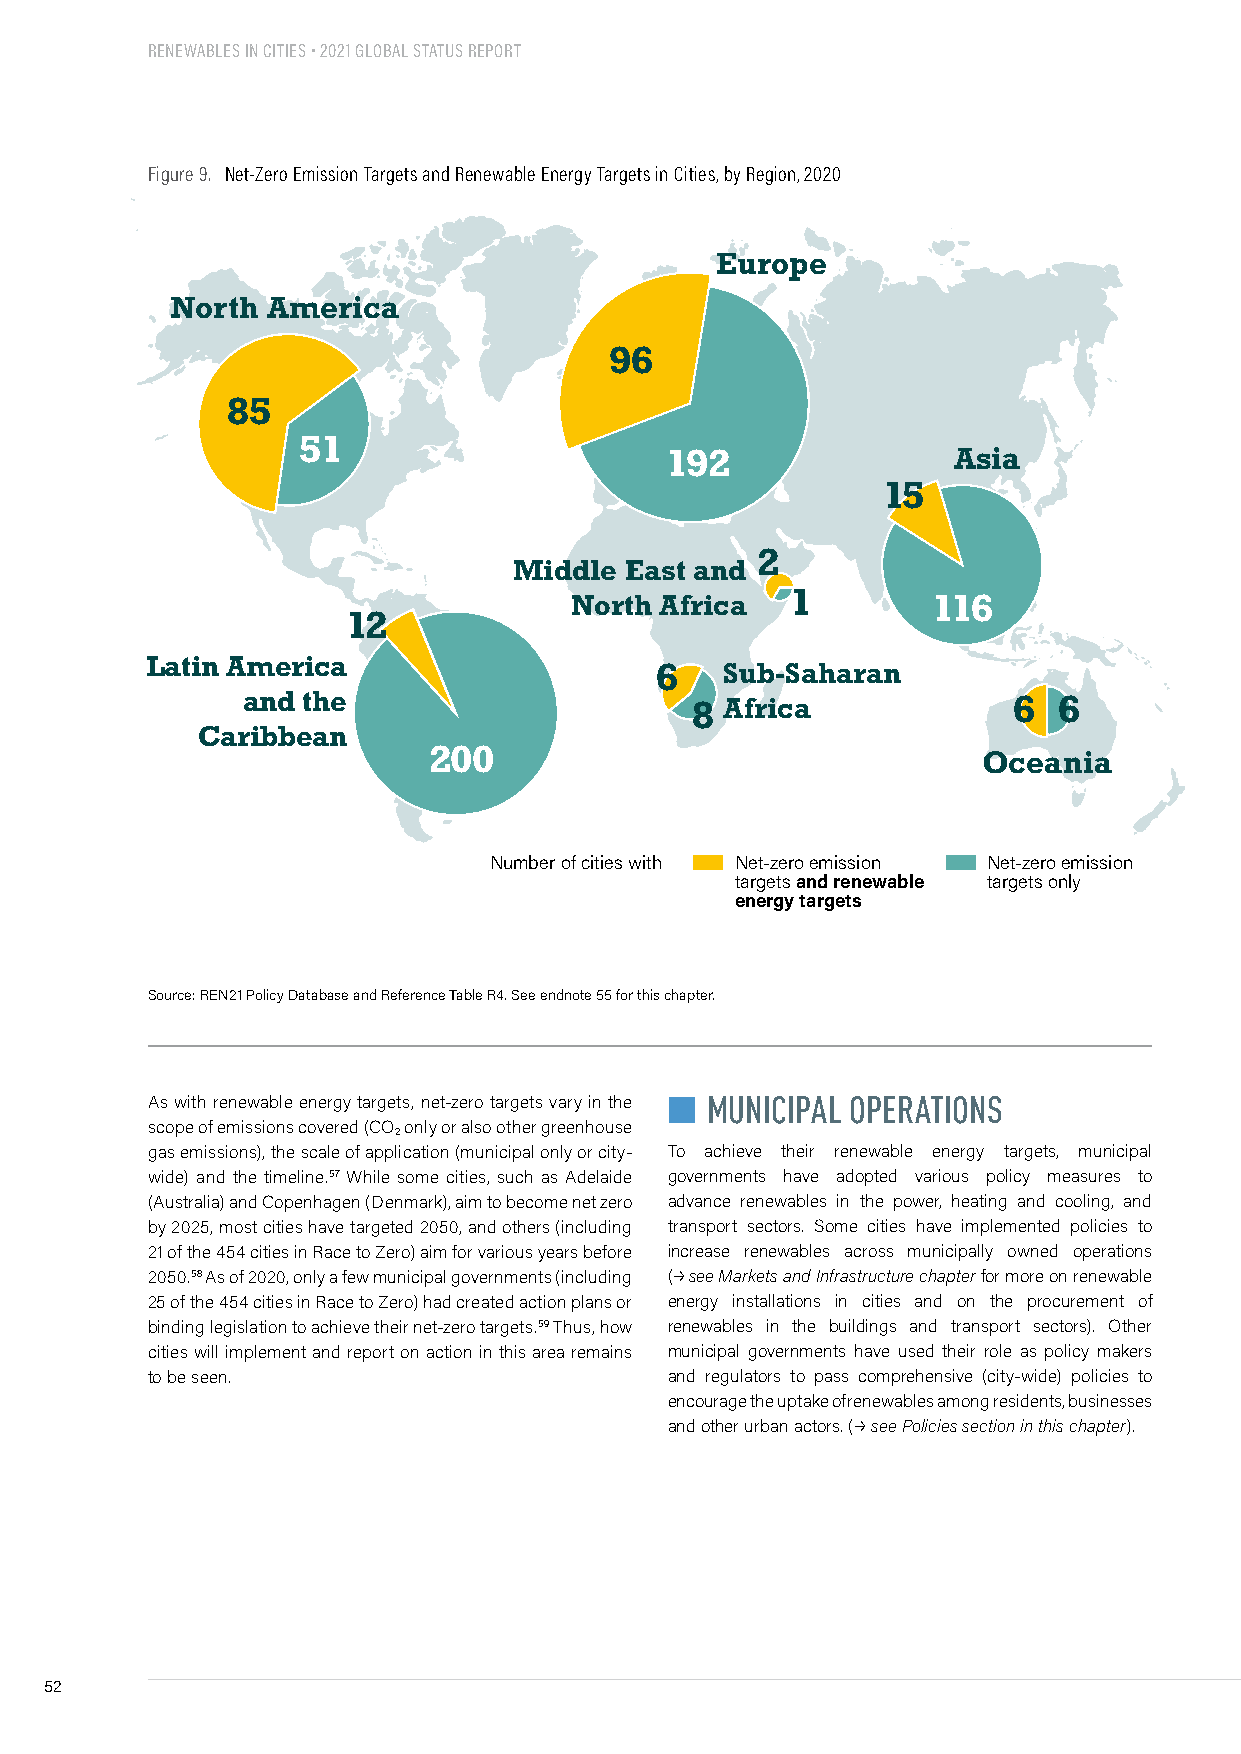
RENEWABLES IN CITIES • 2021 GLOBAL STATUS REPORT
 1,852   cities  worldwide      have   signed
 climate    emergency       declarations
 Figure 9. Net-Zero Emission Targets and Renewable Energy Targets in Cities, by Region, 2020
 Europe
 North  America
 96
 85
 51
 192                Asia
 15
 2
 Middle East and
 North Africa  1         116
 12
 Latin America
 6    Sub-Saharan
 and the
 8 Africa             6  6
 Caribbean
 200                                  Oceania
 Number of cities with Net-zero emission Net-zero emission
 targets and renewable targets only
 energy targets
 Source: REN21 Policy Database and Reference Table R4. See endnote 55 for this chapter.
 As with renewable energy targets, net-zero targets vary in the n MUNICIPAL OPERATIONS
 scope of emissions covered (CO only or also other greenhouse
 2
 gas emissions), the scale of application (municipal only or city- To achieve their renewable energy targets, municipal
 wide) and the timeline.57 While some cities, such as Adelaide governments have adopted various policy measures to
 (Australia) and Copenhagen (Denmark), aim to become net zero advance renewables in the power, heating and cooling, and
 by 2025, most cities have targeted 2050, and others (including transport sectors. Some cities have implemented policies to
 21 of the 454 cities in Race to Zero) aim for various years before increase renewables across municipally owned operations
 2050.58 As of 2020, only a few municipal governments (including (p see Markets and Infrastructure chapter for more on renewable
 25 of the 454 cities in Race to Zero) had created action plans or energy installations in cities and on the procurement of
 binding legislation to achieve their net-zero targets.59 Thus, how renewables in the buildings and transport sectors). Other
 cities will implement and report on action in this area remains municipal governments have used their role as policy makers
 to be seen.                       and regulators to pass comprehensive (city-wide) policies to
 encourage the uptake of renewables among residents, businesses
 and other urban actors. (p see Policies section in this chapter).
 Asia       268        0          10         0
 Europe     577        134        66         49
 52       Dies   ist  ein  Muster      Text-Beispiel        50,000
 Latin America and Caribbean 2    0          1          0
 North America 567     9          47         8
 Oceania    79         27         4          4
 Middle East and North Africa 0   0          0          0
 Sub-Saharan Africa    0          0          0          0